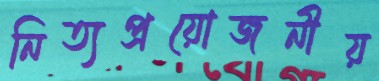
নিত্যপ্রয়োজনীয়